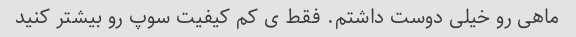
ماهی رو خیلی دوست داشتم. فقط ی کم کیفیت سوپ رو بیشتر کنید